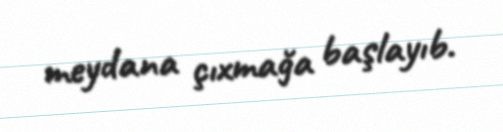
meydana çıxmağa başlayıb.